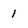
Character: 1